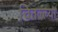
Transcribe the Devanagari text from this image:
चितल्ल्या